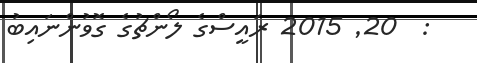
:  20